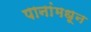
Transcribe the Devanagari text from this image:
पानांमधून